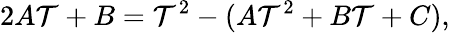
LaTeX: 2A\mathcal{T}+B=\mathcal{T}^{2}-(A\mathcal{T}^{2}+B\mathcal{T}+C),